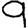
Digit: 9